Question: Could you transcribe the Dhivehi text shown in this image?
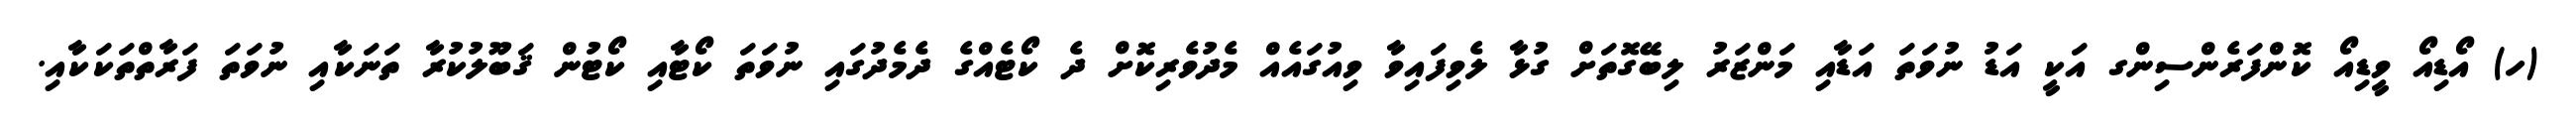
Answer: (ހ) އޯޑިއޯ ވީޑިއޯ ކޮންފަރެންސިންގ އަކީ އަޑު ނުވަތަ އަޑާއި މަންޒަރު ލިބޭގޮތަށް ގުޅާ ލެވިފައިވާ ވިއުގައެއް މެދުވެރިކޮށް ދެ ކޯޓެއްގެ ދެމެދުގައި ނުވަތަ ކޯޓާއި ކޯޓުން ޤަބޫލުކުރާ ތަނަކާއި ނުވަތަ ފަރާތްތަކަކާއި.